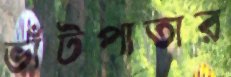
ভাঁটপাতার